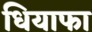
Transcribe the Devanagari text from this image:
धियाफा